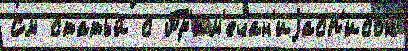
См статьи́ с Пр'им'ечан'иjасп'исок